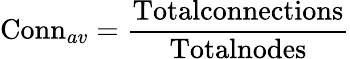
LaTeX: \textrm{Conn}_{av}=\frac{\textrm{Totalconnections}}{\textrm{Totalnodes}}